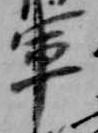
軍